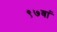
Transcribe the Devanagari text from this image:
९७वां